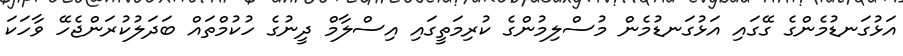
އަޅުގަނޑުމެންގެ ގޭގައި އަޅުގަނޑުމެން މުސްލިމުންގެ ކުރިމަތީގައި އިސްލާމް ދީނުގެ ހުކުމްތައް ބަދަލުކުރަންޖެހޭ ވާހަކަ